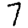
Digit: 7